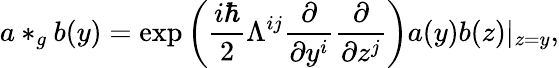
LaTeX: a*_{g}b(y)=\exp\left(\frac{i\hbar}2\Lambda^{ij}\frac\partial{\partial y^{i}}\frac\partial{\partial z^{j}}\right)a(y)b(z)|_{z=y},